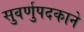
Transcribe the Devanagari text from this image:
सुवर्णुपदकाने